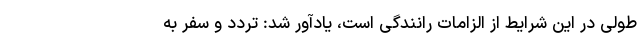
طولی در این شرایط از الزامات رانندگی است، یادآور شد: تردد و سفر به